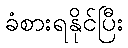
ခံစားရနိုင်ပြီး